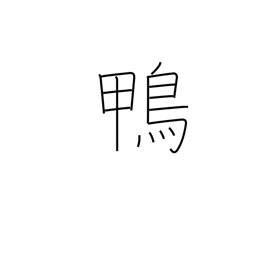
Meaning: easy mark